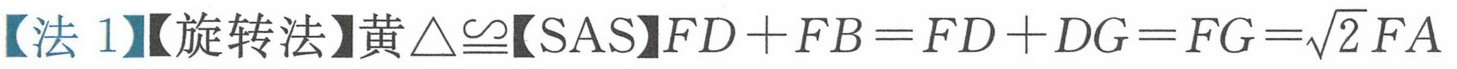
【法 1】【旋转法】黄\(\triangle\cong\)【SAS】\(FD + FB=FD + DG = FG=\sqrt{2}FA\)